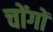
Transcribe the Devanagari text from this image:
चोंगों